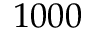
1 0 0 0